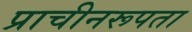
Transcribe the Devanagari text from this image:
प्राचीनरूपता